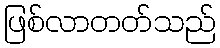
ဖြစ်လာတတ်သည်